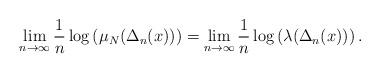
LaTeX: \begin{align*}\lim_{n\to \infty} \frac{1}{n}\log \left(\mu_N(\Delta_n(x))\right)=\lim_{n\to \infty} \frac{1}{n}\log \left(\lambda(\Delta_n(x))\right).\end{align*}